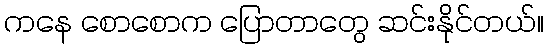
ကနေ စောစောက ပြောတာတွေ ဆင်းနိုင်တယ်။